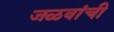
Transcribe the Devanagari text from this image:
जळवांची